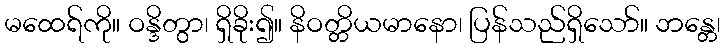
မထေရ်ကို။ ဝန္ဒိတွာ၊ ရှိခိုး၍။ နိဝတ္တိယမာနော၊ ပြန်သည်ရှိသော်။ ဘန္တေ၊